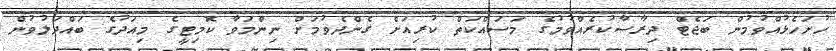
ހުށަހެޅުއްވުމުން ބަޖެޓް ދިރާސާކުރެއްވުމުގެ މަސައްކަތް ކުރިއަށް ގެންދެވުމަށް ނިންމަވާ ކޮމިޓީގެ މިއަދުގެ ބައްދަލުވުން